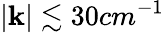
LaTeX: |\mathbf k|\lesssim 30cm^{-1}